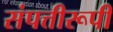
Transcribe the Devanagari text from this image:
संपत्तीरूपी